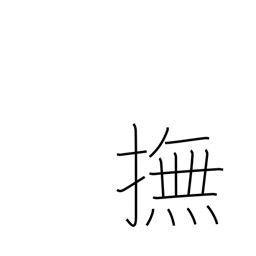
Meaning: stroke